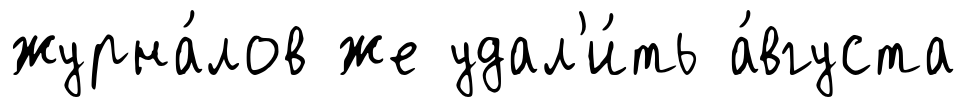
журна́лов же удал'и́ть а́вгуста